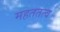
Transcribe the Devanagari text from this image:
महततत्व